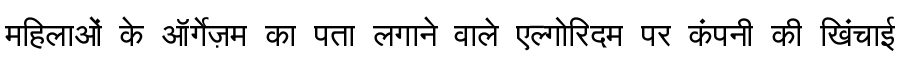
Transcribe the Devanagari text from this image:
महिलाओं के ऑर्गेज़म का पता लगाने वाले एल्गोरिदम पर कंपनी की खिंचाई